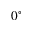
0 ^ { \circ }